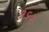
૩૬૨